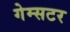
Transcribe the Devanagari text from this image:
गेम्सटर